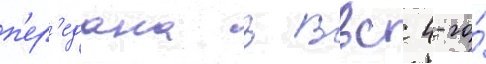
п'ер'едана в ввс 4-го́